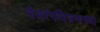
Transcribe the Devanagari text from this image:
तैलरंगचित्रणाच्या